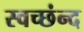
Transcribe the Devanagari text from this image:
स्वच्छंन्द